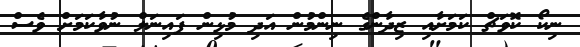
ނިކޯ ކޮވަޗް ކަމަށާއި ޒިދާންގެ ނިންމުން އަދި މުޅިން ފައިނަލް ނުވާކަމަށް ވެސް